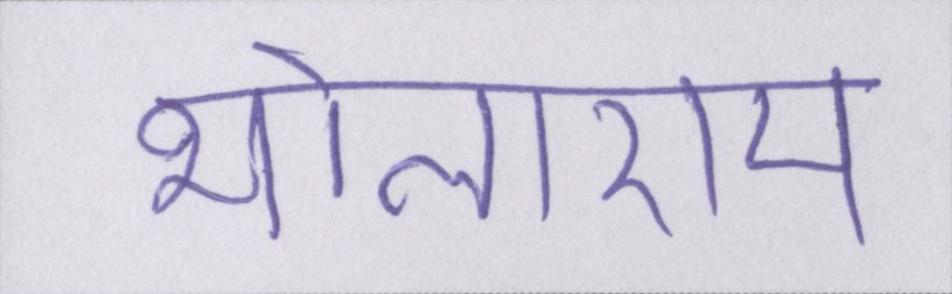
भोलाराम